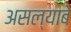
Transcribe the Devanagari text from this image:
असल्याबे